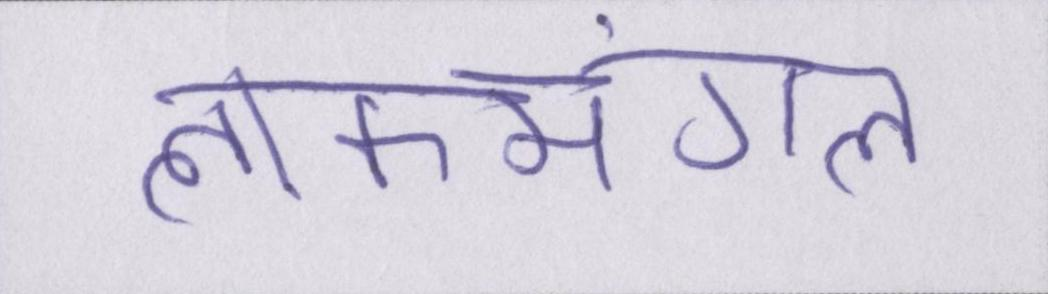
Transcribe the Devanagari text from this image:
लोकमंगल